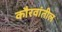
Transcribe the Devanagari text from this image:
कौरवांतील